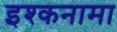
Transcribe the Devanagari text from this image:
इश्कनामा